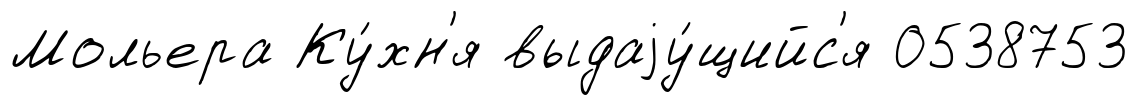
Мольера Ку́хн'я выдаjу́щийс'я 0538753